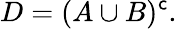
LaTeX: D=(A\cup B)^{\mathsf{c}}.